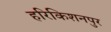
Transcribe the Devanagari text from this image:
हरिकिशनपुर